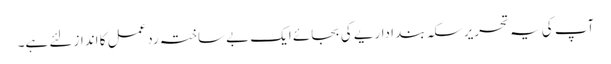
آپ کی یہ تحریر سکہ بند اداریے کی بجائے ایک بے ساختہ ردعمل کا انداز لئے ہے۔